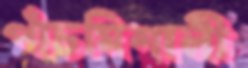
পাঁচমিশালী